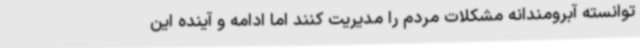
توانسته آبرومندانه مشکلات مردم را مدیریت کنند اما ادامه و آینده این